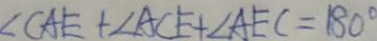
\angle C A E + \angle A C E + \angle A E C = 1 8 0 ^ { \circ }